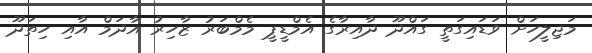
މަޖިލީހަށް ވަޑައިގަތީ ގައްދޫ ދާއިރާގެ އެމްޑީޕީ މެމްބަރު ޒާހިރު އާދަމް އާއި ހިތަދޫ